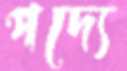
পদ্যে